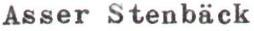
Asser Stenbäck